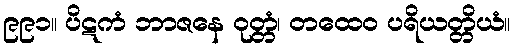
၉၉၁။ ပိဋကံ ဘာဇနေ ဝုတ္တံ၊ တထေဝ ပရိယတ္တိယံ။